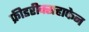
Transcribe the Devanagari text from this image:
फ्रीडरीक्सहाफेन